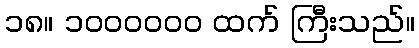
၁၈။ ၁၀၀၀၀၀၀ ထက် ကြီးသည်။